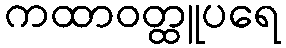
ကထာဝတ္ထူပရေ